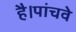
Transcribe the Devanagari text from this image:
है।पांचवे